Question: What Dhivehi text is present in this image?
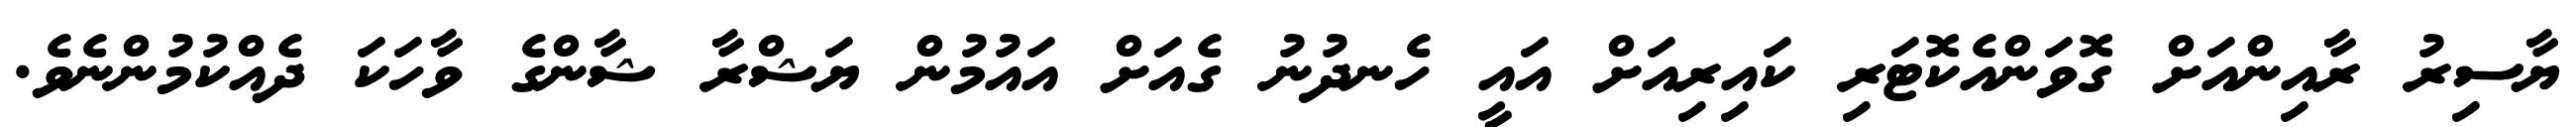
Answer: ޔާސިރު ރާއިންއަށް ގޮވަންއެކޮޓަރި ކައިރިއަށް އައީ ހެނދުނު ގެއަށް އައުމުން ޔަޝްރާ ޝާންގެ ވާހަކަ ދެއްކުމުންނެވެ.